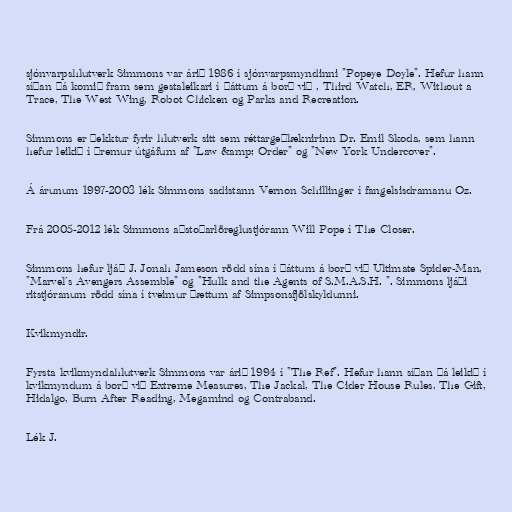
sjónvarpshlutverk Simmons var árið 1986 í sjónvarpsmyndinni "Popeye Doyle". Hefur hann
síðan þá komið fram sem gestaleikari í þáttum á borð við , Third Watch, ER, Without a
Trace, The West Wing, Robot Chicken og Parks and Recreation.

Simmons er þekktur fyrir hlutverk sitt sem réttargeðlæknirinn Dr. Emil Skoda, sem hann
hefur leikið í þremur útgáfum af "Law &amp; Order" og "New York Undercover".

Á árunum 1997-2003 lék Simmons sadistann Vernon Schillinger í fangelsisdramanu Oz.

Frá 2005-2012 lék Simmons aðstoðarlöreglustjórann Will Pope í The Closer.

Simmons hefur ljáð J. Jonah Jameson rödd sína í þáttum á borð við Ultimate Spider-Man,
"Marvel´s Avengers Assemble" og "Hulk and the Agents of S.M.A.S.H. ". Simmons ljáði
ritstjóranum rödd sína í tveimur þættum af Simpsonsfjölskyldunni.

Kvikmyndir.

Fyrsta kvikmyndahlutverk Simmons var árið 1994 í "The Ref". Hefur hann síðan þá leikið í
kvikmyndum á borð við Extreme Measures, The Jackal, The Cider House Rules, The Gift,
Hidalgo, Burn After Reading, Megamind og Contraband.

Lék J.